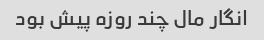
انگار مال چند روزه پیش بود